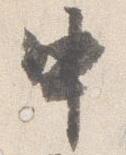
中